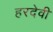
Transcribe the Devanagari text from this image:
हरदेवी